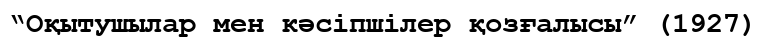
“Оқытушылар мен кәсіпшілер қозғалысы” (1927)